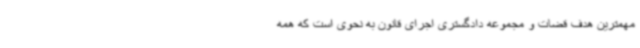
مهمترین هدف قضات و مجموعه دادگستری اجرای قانون به نحوی است که همه